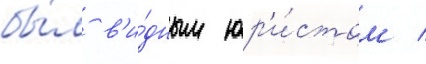
бы́л в'и́дным юр'и́стом /